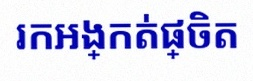
រកអង្កត់ផ្ចិត